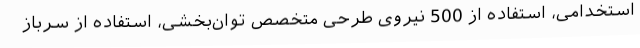
استخدامی، استفاده از 500 نیروی طرحی متخصص توان‌بخشی، استفاده از سرباز